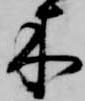
木